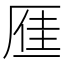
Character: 𪠐